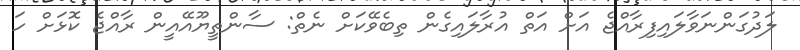
ލަދުގަންނަވާލައިފިރާއްޖެ އަށް އަތް އުރާލައިގެން ތިބެވޭކަށް ނެތް: ސާންތީޔޫއޭއީން ރާއްޖެ ކޮޅަށް ހަ